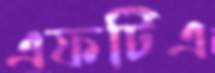
এফটিএ